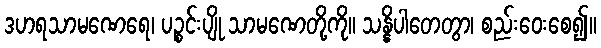
ဒဟရသာမဏေရေ၊ ပဉ္စင်းပျို သာမဏေတို့ကို။ သန္နိပါတေတွာ၊ စည်းဝေးစေ၍။